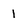
Character: l